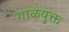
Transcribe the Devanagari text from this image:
गाळयुक्त